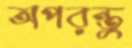
অপরন্তু